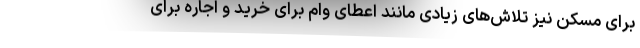
برای مسکن نیز تلاش‌های زیادی مانند اعطای وام برای خرید و اجاره برای